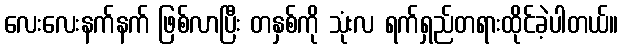
လေးလေးနက်နက် ဖြစ်လာပြီး တနှစ်ကို သုံးလ ရက်ရှည်တရားထိုင်ခဲ့ပါတယ်။